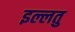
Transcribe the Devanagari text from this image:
इल्लतु